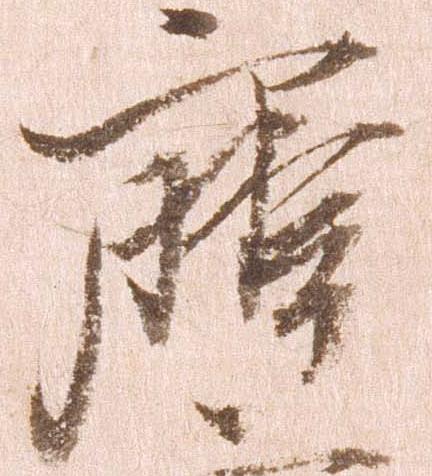
摩